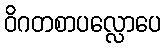
ဝိဂတစာပလ္လောပေ